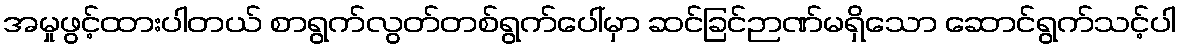
အမှုဖွင့်ထားပါတယ် စာရွက်လွတ်တစ်ရွက်ပေါ်မှာ ဆင်ခြင်ဉာဏ်မရှိသော ဆောင်ရွက်သင့်ပါ